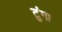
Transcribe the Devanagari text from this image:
टुंगा